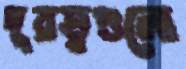
দূরত্বগুলো